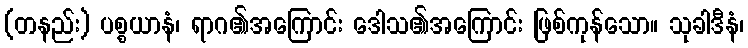
(တနည်း) ပစ္စယာနံ၊ ရာဂ၏အကြောင်း ဒေါသ၏အကြောင်း ဖြစ်ကုန်သော။ သုခါဒီနံ၊